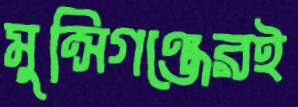
মুন্সিগঞ্জেরই